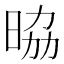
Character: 𭦀